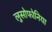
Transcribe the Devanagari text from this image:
लुसोफोनिया